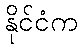
နိုင်ငံက